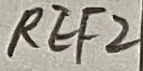
Text: REF2